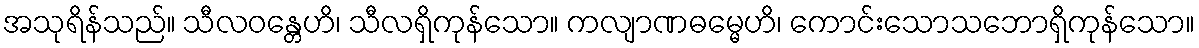
အသုရိန်သည်။ သီလဝန္တေဟိ၊ သီလရှိကုန်သော။ ကလျာဏဓမ္မေဟိ၊ ကောင်းသောသဘောရှိကုန်သော။